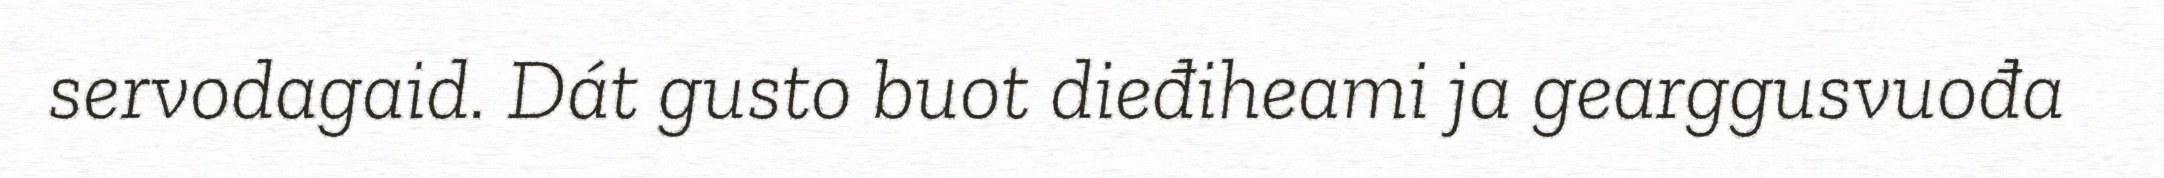
servodagaid. Dát gusto buot dieđiheami ja gearggusvuođa